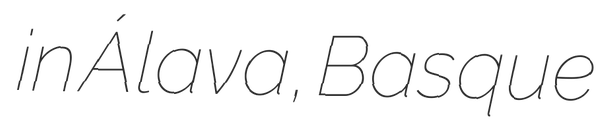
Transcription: in Álava, Basque